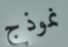
نموذج